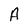
Character: A